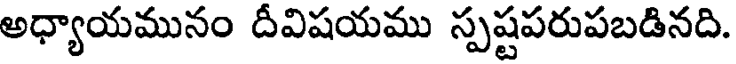
అధ్యాయమునం దీవిషయము స్పష్టపరుపబడినది.